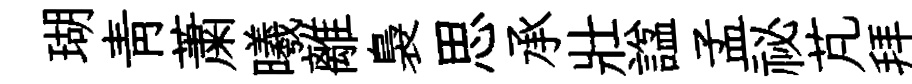
瑚青䔥曦離裊思承壯諡孟祕芃拜